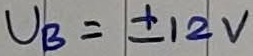
Text: UB=+12V